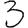
Digit: 3